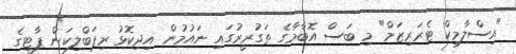
"އިސްލާމިކް ޓެރަރިޒަމް" މި ބަސް އޮބާމާގެ ތަގުރީރުގައި ނައުމުން އިދިކޮޅު ރިޕަބްލިކަން ޕާޓީގެ